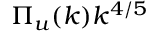
\Pi _ { u } ( k ) k ^ { 4 / 5 }